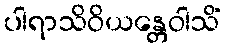
ပါရာသိဝိယန္တေဝါသိံ